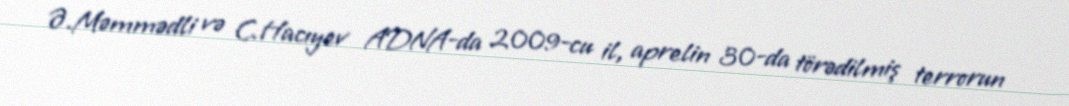
Ə.Məmmədli və C.Hacıyev ADNA-da 2009-cu il, aprelin 30-da törədilmiş terrorun